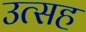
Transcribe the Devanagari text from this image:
उत्सह